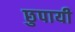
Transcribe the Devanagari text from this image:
छुपायी